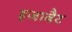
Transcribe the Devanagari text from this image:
इजाबैट